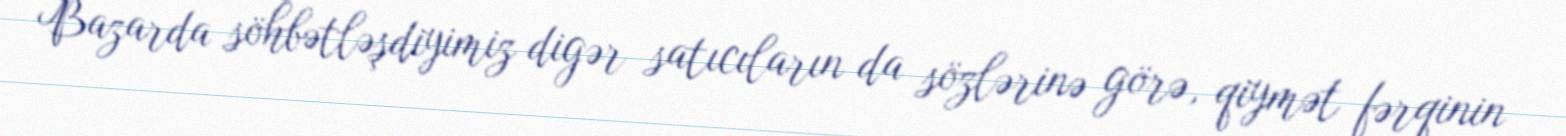
Bazarda söhbətləşdiyimiz digər satıcıların da sözlərinə görə, qiymət fərqinin